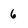
Character: 6